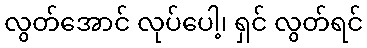
လွတ်အောင် လုပ်ပေါ့၊ ရှင် လွတ်ရင်